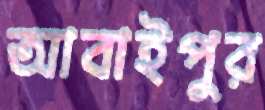
আবাইপুর